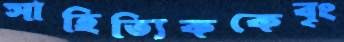
সাহিত্যিককেবৃং